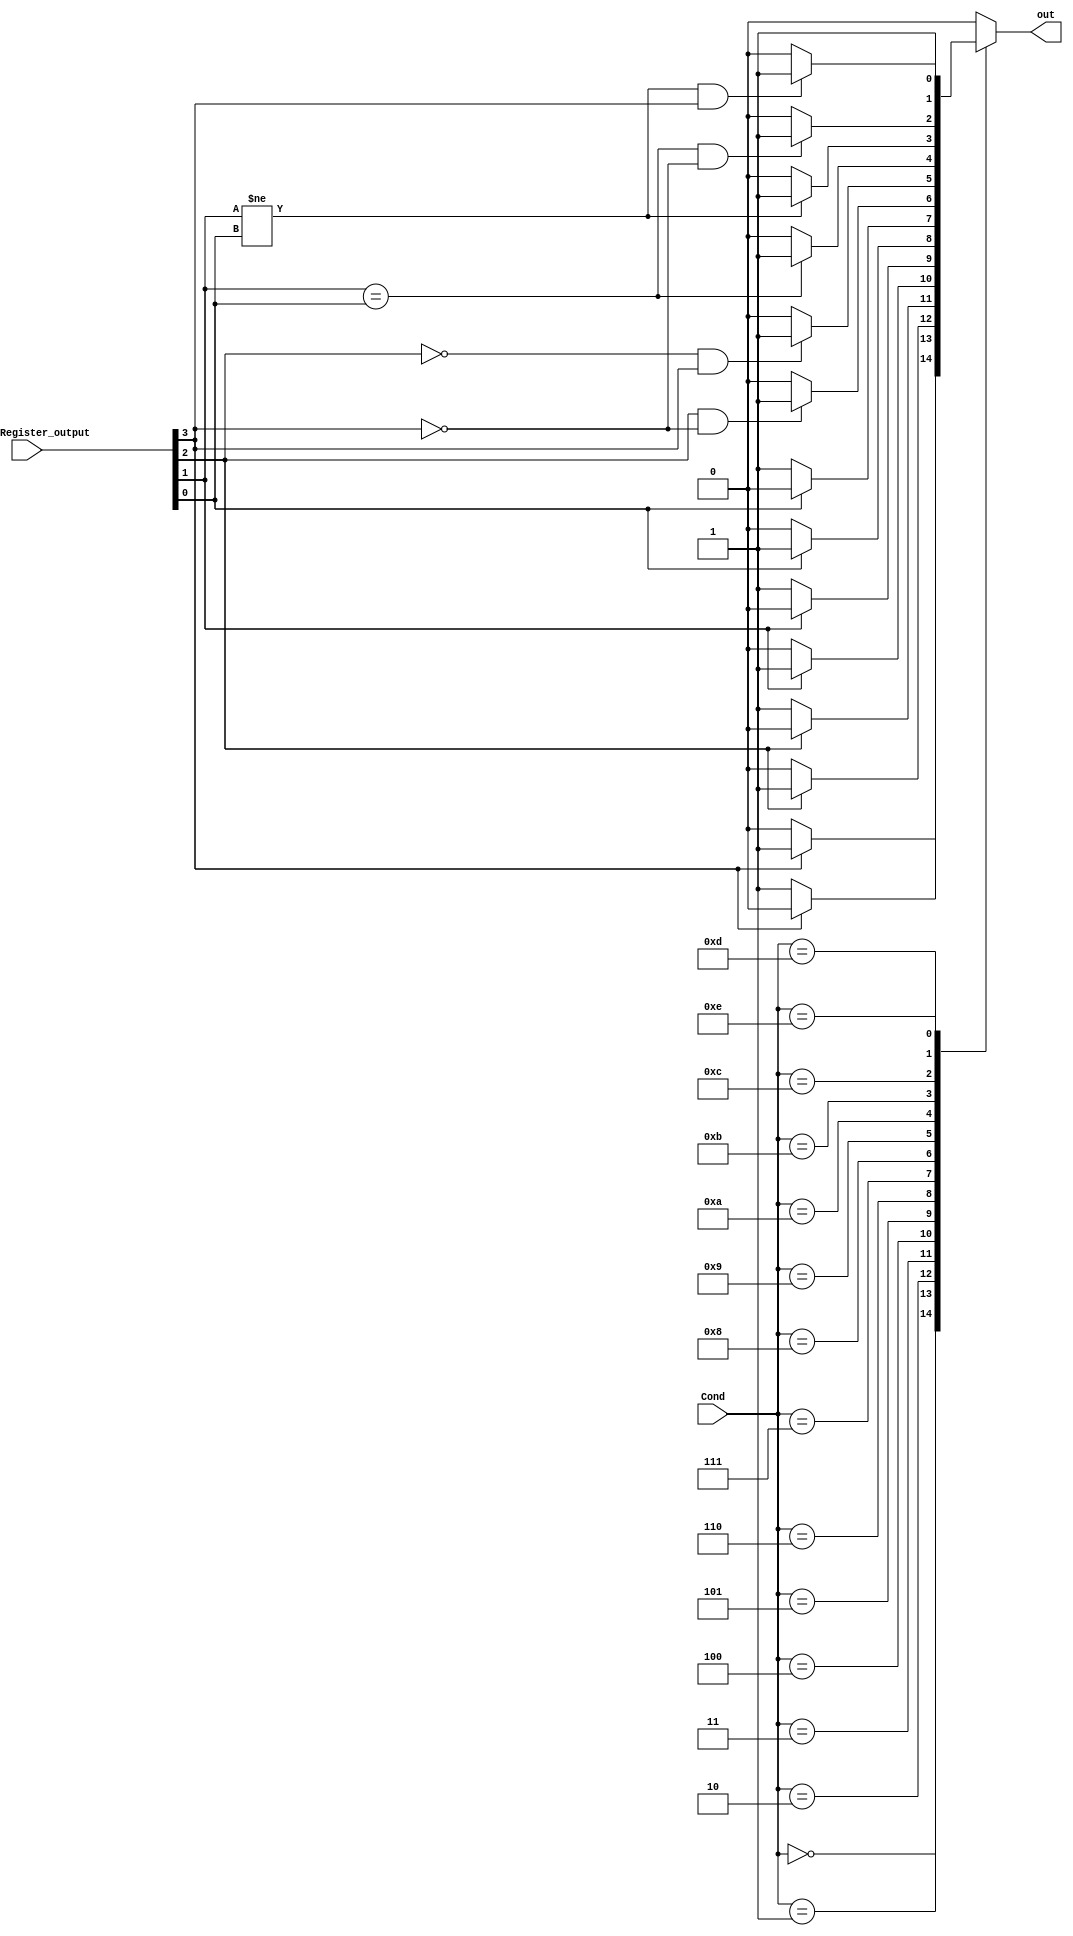

module ConditionCheck (Cond, StatusRegister_output,
                        out);

    input [3:0] Cond, StatusRegister_output;
    output reg out;

    wire Z_, C, N, V;  
    assign {Z_, C, N, V} = StatusRegister_output;
    
    always @ (Cond, StatusRegister_output) begin
        out = 1'b0;
        case (Cond)
        4'b0000: begin if (Z_ == 1'b1) 
            out = 1'b1; end
        4'b0001: begin if (Z_ == 1'b0) 
            out = 1'b1; end
        4'b0010: begin if (C == 1'b1) 
            out = 1'b1; end
        4'b0011: begin if (C == 1'b0) 
            out = 1'b1; end
        4'b0100: begin if (N == 1'b1) 
            out = 1'b1; end
        4'b0101: begin if (N == 1'b0) 
            out = 1'b1; end
        4'b0110: begin if (V == 1'b1) 
            out = 1'b1; end
        4'b0111: begin if (V == 1'b0) 
            out = 1'b1; end
        4'b1000: begin if ((C == 1'b1) && (Z_ == 1'b0)) 
            out = 1'b1; end
        4'b1001: begin if ((C == 1'b0) && (Z_ == 1'b1)) 
            out = 1'b1; end
        4'b1010: begin if (N == V) 
            out = 1'b1; end
        4'b1011: begin if (N != V) 
            out = 1'b1; end
        4'b1100: begin if ((N == V) && (Z_ == 1'b0)) 
            out = 1'b1; end
        4'b1101: begin if ((N != V) && (Z_ == 1'b1)) 
            out = 1'b1; end
        4'b1110: begin 
            out = 1'b1; end
        default: out = 1'b0;
        endcase
    end
endmodule